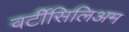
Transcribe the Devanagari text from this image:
वर्टीसिलिअम